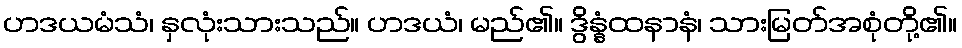
ဟဒယမံသံ၊ နှလုံးသားသည်။ ဟဒယံ၊ မည်၏။ ဒွိန္နံထနာနံ၊ သားမြတ်အစုံတို့၏။